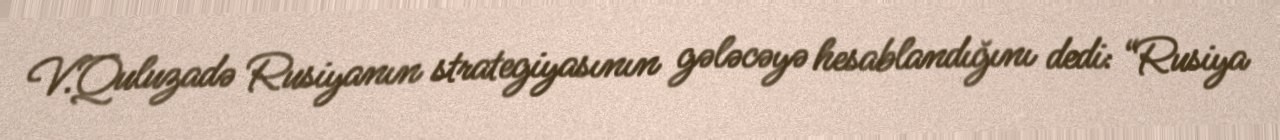
V.Quluzadə Rusiyanın strategiyasının gələcəyə hesablandığını dedi: “Rusiya